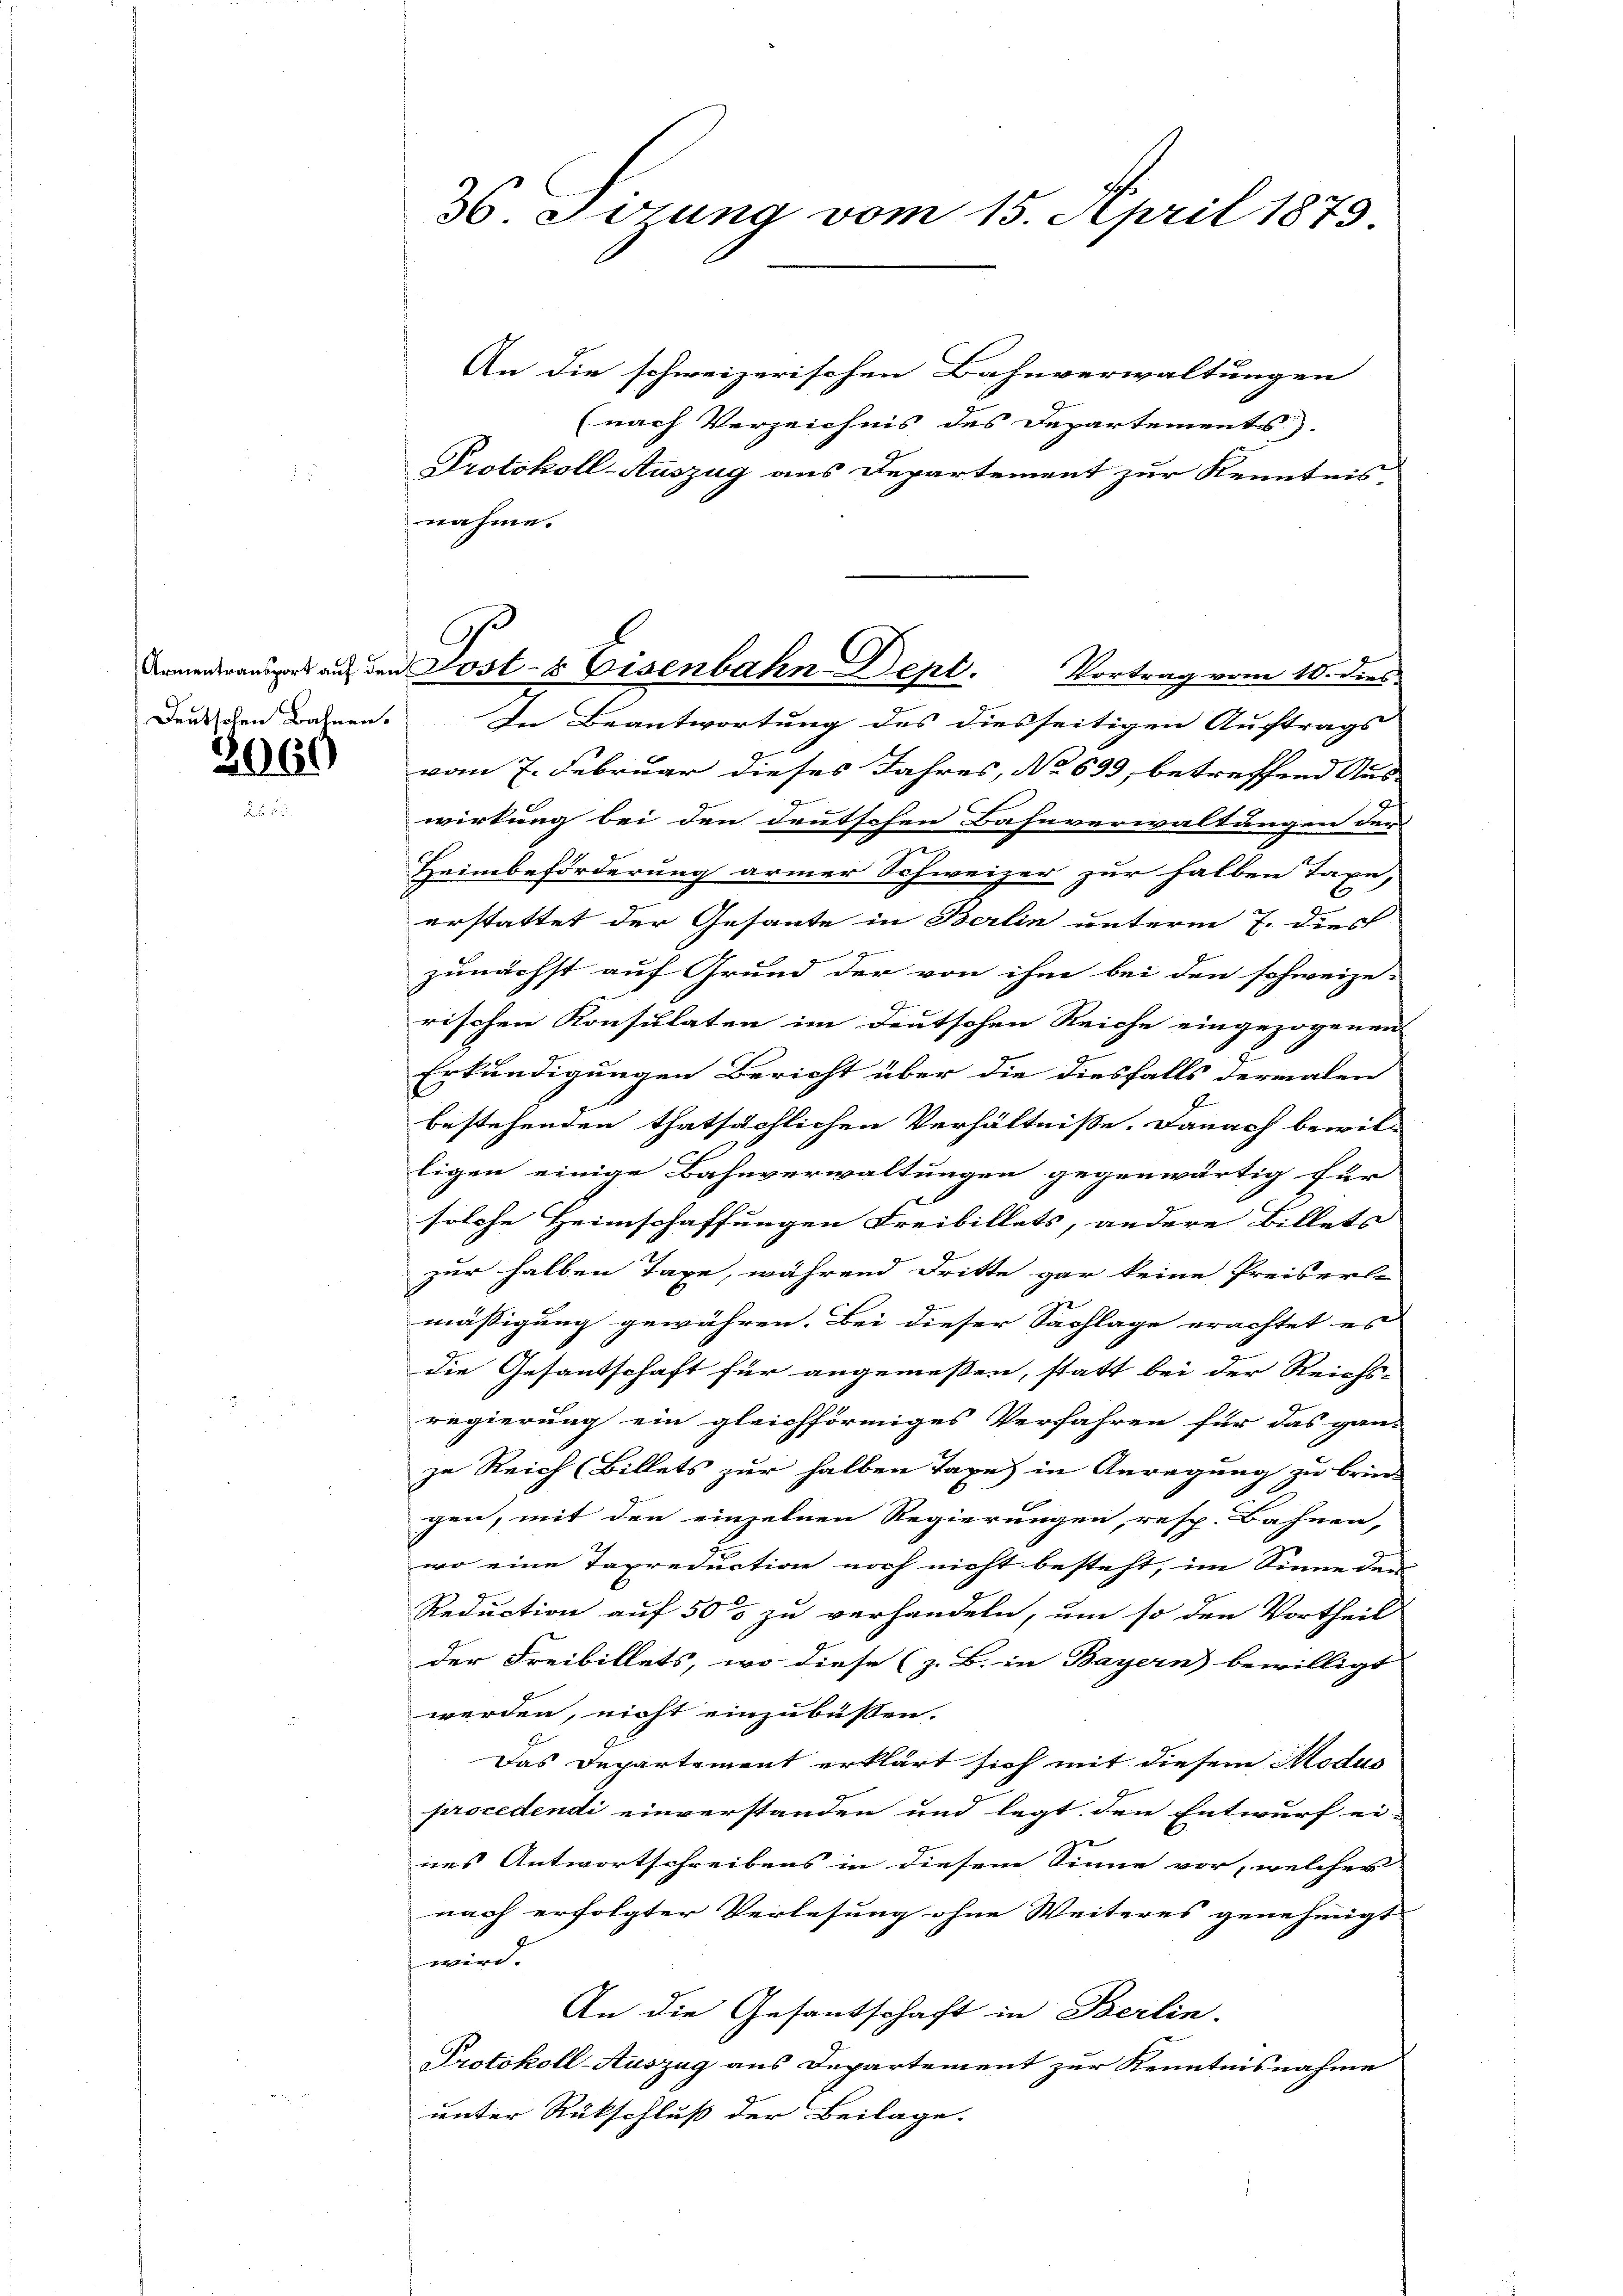
Armentransport auf den
Deutschen Bahnen.

2060

36. Jung vom 15. April 1879

An die schweizerischen Bahnverwaltungen
(nach Verzeichnis des Departements)
Protokoll-Auszug aus Departement zur Kenntnis-
nahme.
In Beantwortung des diesseitigen Auftrags
vom 7. Februar dieses Jahres, No 633, betreffend Aus-
wirkung bei den deutschen Bahnverwaltungen der
Heimbeförderung armer Schweizer zur halben Taxe,
erstattet der Gesante in Berlin unterm 7. dies
zunächst auf Grund der von ihm bei den schweize-
rischen Konsulaten im Deutschen Reiche eingezogenen
Erkundigungen Bericht über die diesfalls dermalen
bestehenden thatsächlichen Verhältniße. Danach bewil-
ligen einige Bahnverwaltungen gegenwärtig für
solche Heimschaffungen Freibillets, andere Billets
zur halben Taxe, während dritte gar keine Preiserl-
mässigung gewähren. Bei dieser Sachlage erachtet es
die Gesandschaft für angemeßen, statt bei der Reichs-
regierung ein gleichförmiges Verfahren für das gan-
zu Reich (Billets zur halben Taxe in Anregung zu brin-
gen, mit den einzelnen Regierungen, resp. Bahnen,
wo eine Taxreduction noch nicht besteht, im Sinne der
Reduction auf 50 s zu verhandeln, um so den Vortheil
der Freibillets, wo diese (z. B. in Bayern) bewilligt
werden, nicht einzubüssen.
Das Departement erklärt sich mit diesem Modus
procedendi einverstanden und legt den Entwurf ei-
nes Antwortschreibens in diesen Sinne vor, welches
nach erfolgter Verlesung ohne Weiteres genehmigt
wird.
An die Gesantschaft in Berlin.
Protokoll-Auszug aus Departement zur Kenntnisnahme
unter Rückschluß der Beilage.

l
ost- & Eisenbahn-Dept. Vortrag vom 10. dies